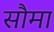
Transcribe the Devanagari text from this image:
सौमा